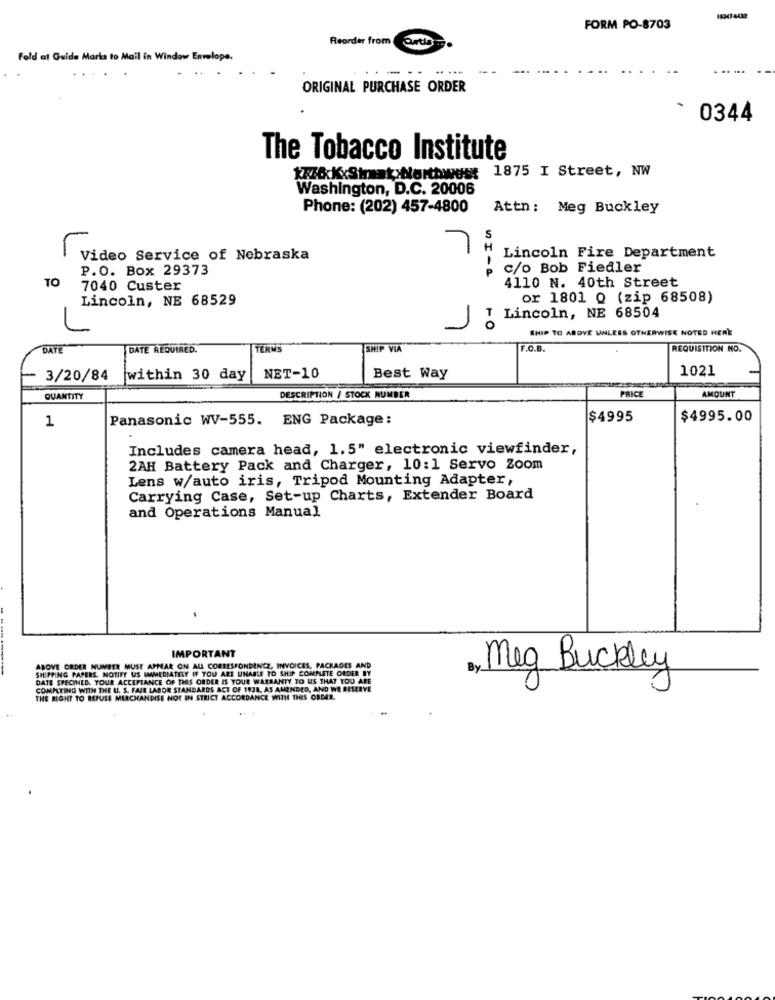
FORM PO-8703
Reorder from
Fold at Guide Marka to Mail in Window Envelope.
-..
ORIGINAL PURCHASE ORDER
0344
The Tobacco Institute
XxXxSimmat>Northwest 1875 I Street, NW
Washington, D.C. 20006
Phone: (202) 457-4800
Attn: Meg Buckley
S
Video Service of Nebraska
Lincoln Fire Department
P.O. Box 29373
c/o Bob Fiedler
TO
7040 Custer
4110 N. 40th Street
Lincoln, NE 68529
or 1801 Q (zip 68508)
I Lincoln, NE 68504
SHIP TO ABOVE UNLESS OTHERWISE NOTED HERE
DATE
DATE REQUIRED.
TERM
SHIP VIA
F.O.0
REQUISITION NO.
1021
3/20/84
within 30 day
NET-10
Best Way
PRICE
QUANTITY
DESCRIPTION / STOCK NUMBER
AMOUNT
1
Panasonic WV-555. ENG Package:
$4995
$4995.00
Includes camera head, 1.5" electronic viewfinder,
2AH Battery Pack and Charger, 10:1 Servo Zoom
Lens w/auto iris, Tripod Mounting Adapter,
Carrying Case, Set-up Charts, Extender Board
and Operations Manual
.
IMPORTANT
SHIPPING PAPERS, NOTIFY US IMMEDIATELY IF YOU ARE UNABLE TO SHIP COMPLETE ORDER BY
ABOVE ORDER NUMBER MUST APPEAR ON ALL CORRESPONDENCE, INVOICES, PACKAGES AND
a, Meg Buckley
DATE SPECINED. YOUR ACCEPTANCE OF THIS ORDER IS YOUR WARRANTY TO US THAT YOU ARE
COMPUTING WITH THE U. S. FAIR LABOR STANDARDS ACT OF 1938, AS AMENDED, AND WE RESERVE
THE RIGHT TO REFUSE MERCHANDISE NOT IN STRICT ACCORDANCE WITH THES ORDER